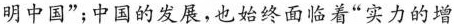
明中国”；中国的发展，也始终面临着“事例的增